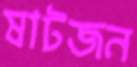
ষাটজন